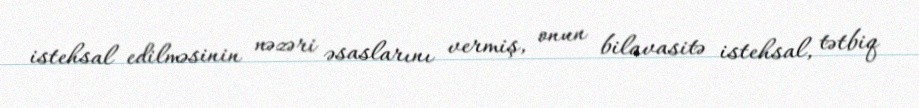
istehsal edilməsinin nəzəri əsaslarını vermiş, onun bilavasitə istehsal, tətbiq